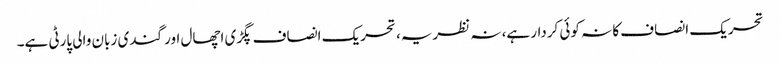
تحریک انصاف کا نہ کوئی کردار ہے، نہ نظریہ، تحریک انصاف پگڑی اچھال اور گندی زبان والی پارٹی ہے۔